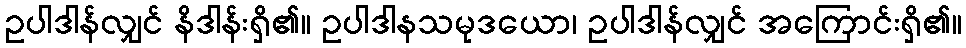
ဥပါဒါန်လျှင် နိဒါန်းရှိ၏။ ဥပါဒါနသမုဒယော၊ ဥပါဒါန်လျှင် အကြောင်းရှိ၏။